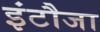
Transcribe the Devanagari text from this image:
इंटौजा